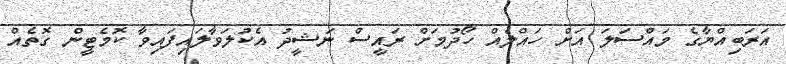
އަރަބިއްޔާގެ މައްސަލަ އަށް ހައްލެއް ހޯދުމަށް ރައީސް ނަޝީދު އެކުލަވާލައިފައިވާ ކޮމެޓީން ގޮތެއް